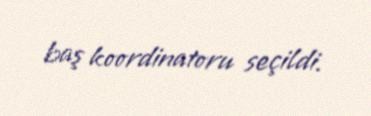
baş koordinatoru seçildi.